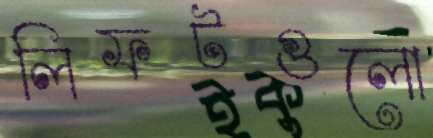
লিফটগুলো